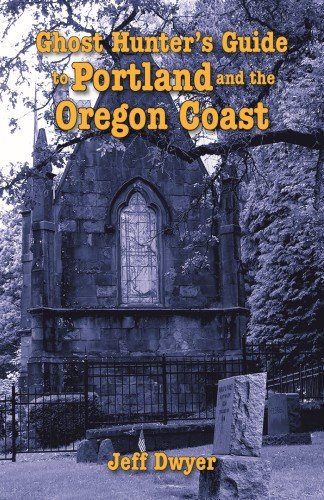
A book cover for Ghost Hunter's Guide to Portland and Oregon Coast; Jeff Dwyer; Travel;